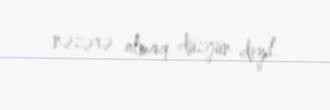
nəzərə almaq düzgün deyil.